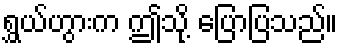
ရွှယ်ဟွားက ဤသို့ ပြောပြသည်။